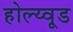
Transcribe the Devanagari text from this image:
होल्य्वूड